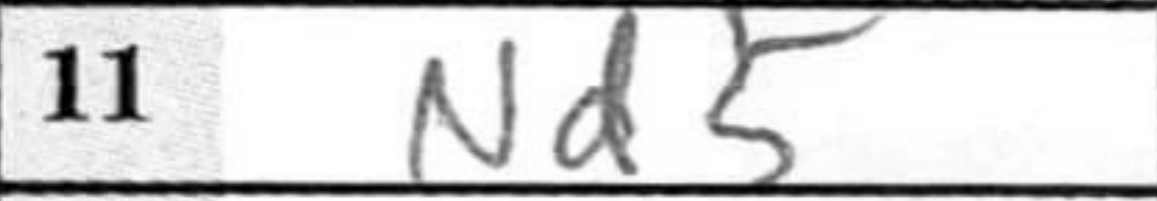
Transcription: Nd5